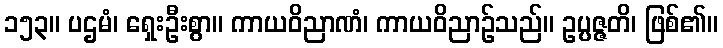
၁၅၃။ ပဌမံ၊ ရှေးဦးစွာ။ ကာယဝိညာဏံ၊ ကာယဝိညာဉ်သည်။ ဥပ္ပဇ္ဇတိ၊ ဖြစ်၏။